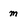
Character: m